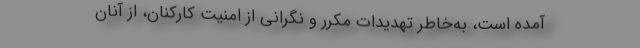
آمده است، به‌خاطر تهدیدات مکرر و نگرانی از امنیت کارکنان، از آنان